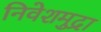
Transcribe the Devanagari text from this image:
निवेशमुद्रा